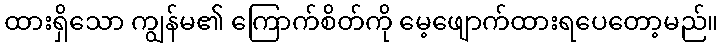
ထားရှိသော ကျွန်မ၏ ကြောက်စိတ်ကို မေ့ဖျောက်ထားရပေတော့မည်။